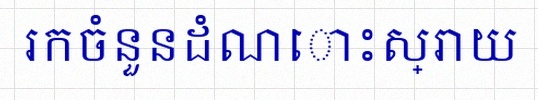
រកចំនួនដំណោះស្រាយ